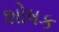
શોષક